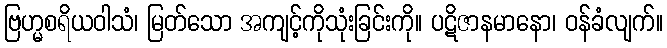
ဗြဟ္မစရိယဝါသံ၊ မြတ်သော အကျင့်ကိုသုံးခြင်းကို။ ပဋိဇာနမာနော၊ ဝန်ခံလျက်။